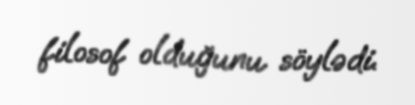
filosof olduğunu söylədi.